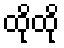
ထိုထို